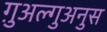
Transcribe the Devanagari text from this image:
ग़ुअल्गुअनुस